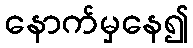
နောက်မှနေ၍